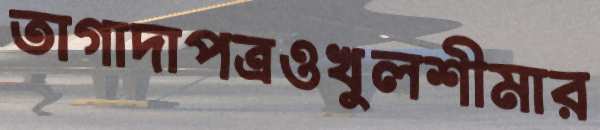
তাগাদাপত্রওখুলশীমার